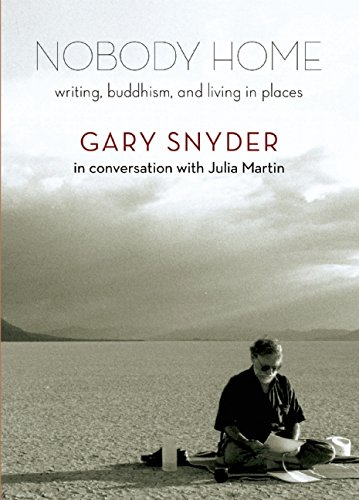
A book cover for Nobody Home: Writing, Buddhism, and Living in Places; Gary Snyder; Literature & Fiction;